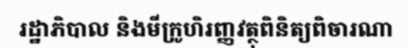
រដ្ឋាភិបាល និងមីក្រូហិរញ្ញវត្ថុពិនិត្យពិចារណា